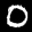
Digit: 0